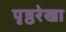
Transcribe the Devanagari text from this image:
पृष्ठरेखा